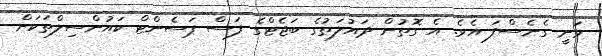
ވަނީ ގެނެސްފަ އެވެ. އެ ގޮތުން ދައުލަތުގެ ބަޖެޓްގެ ފަސް ޕަސެންޓް ކައުންސިލްތަކަށް